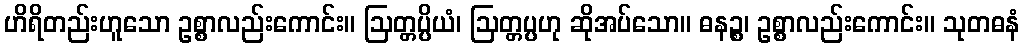
ဟိရိတည်းဟူသော ဥစ္စာလည်းကောင်း။ ဩတ္တပ္ပိယံ၊ ဩတ္တပ္ပဟု ဆိုအပ်သော။ ဓနဉ္စ၊ ဥစ္စာလည်းကောင်း။ သုတဓနံ